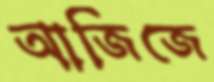
আজিজে